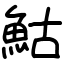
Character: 鮕